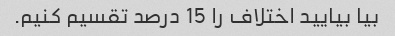
بیا بیایید اختلاف را 15 درصد تقسیم کنیم.